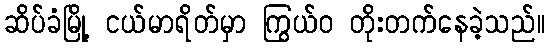
ဆိပ်ခံမြို့ ငယ်မာရိတ်မှာ ကြွယ်ဝ တိုးတက်နေခဲ့သည်။